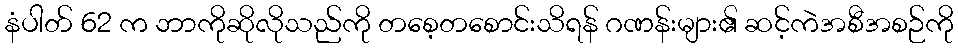
နံပါတ် 62 က ဘာကိုဆိုလိုသည်ကို တစေ့တစောင်းသိရန် ဂဏန်းများ၏ ဆင့်ကဲအစီအစဉ်ကို